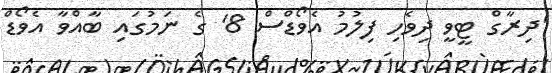
'ދިރާގް ޓީވީ ދިވެހި ފިލުމު އެވޯޑްސް 8' ގެ ނަމުގައި ބާއްވާ އެވޯޑް